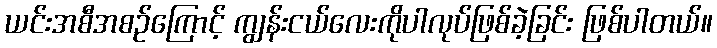
ယင်းအစီအစဉ်ကြောင့် ကျွန်းငယ်လေးကိုပါလုပ်ဖြစ်ခဲ့ခြင်း ဖြစ်ပါတယ်။